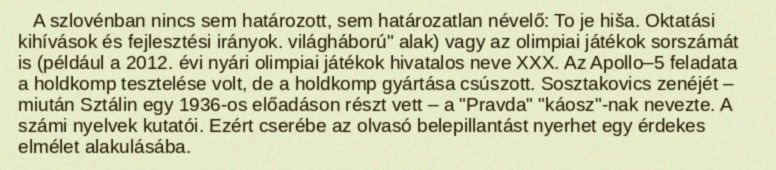
A szlovénban nincs sem határozott, sem határozatlan névelő: To je hiša. Oktatási kihívások és fejlesztési irányok. világháború" alak) vagy az olimpiai játékok sorszámát is (például a 2012. évi nyári olimpiai játékok hivatalos neve XXX. Az Apollo–5 feladata a holdkomp tesztelése volt, de a holdkomp gyártása csúszott. Sosztakovics zenéjét – miután Sztálin egy 1936-os előadáson részt vett – a "Pravda" "káosz"-nak nevezte. A számi nyelvek kutatói. Ezért cserébe az olvasó belepillantást nyerhet egy érdekes elmélet alakulásába.